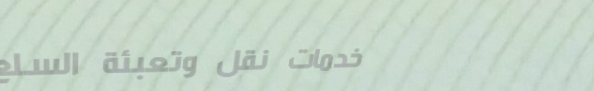
خدمات نقل وتعبئة السلع